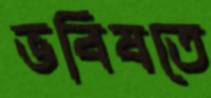
ভবিষতে